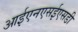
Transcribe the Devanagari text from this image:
आईएनएसईएसडी